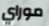
موراي